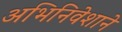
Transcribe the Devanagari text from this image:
अभिनिवेशाने